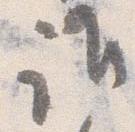
誰